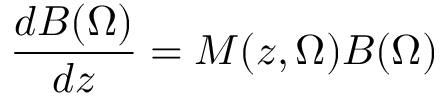
\frac { d B ( \Omega ) } { d z } = M ( z , \Omega ) B ( \Omega )